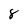
Character: 8